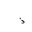
Letter: _thal